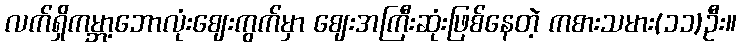
လက်ရှိကမ္ဘာ့ဘောလုံးဈေးကွက်မှာ ဈေးအကြီးဆုံးဖြစ်နေတဲ့ ကစားသမား(၁၁)ဦး။